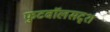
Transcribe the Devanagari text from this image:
फुटबॉलसदृश